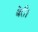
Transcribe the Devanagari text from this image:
बेरी।